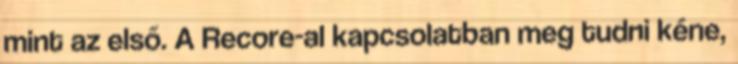
mint az első. A Recore-al kapcsolatban meg tudni kéne,